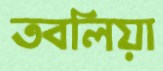
তবলিয়া